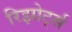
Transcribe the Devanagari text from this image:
रिझोर्ट्स